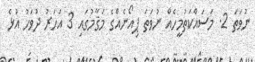
ނުވަތަ 2. މަސައްކަތުމީހެއް ނުވަތަ ޕިއޯނެއްގެ މަޤާމުގައި 3 އަހަރު ދުވަހު އުޅެ